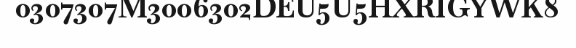
0307307M3006302DEU5U5HXRIGYWK8